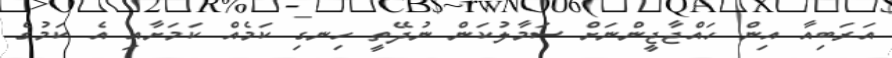
އަރަބިއާ އިން ހައްޖާޖީންނަށް ސަމާލުކަން ނުދޭތީ ހިނގި ކަމެއް ކަމަށާއި އެ ކަމުގެ